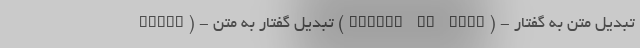
overy) - تبدیل گفتار به متن (Speech to Text) - تبدیل متن به گفتار